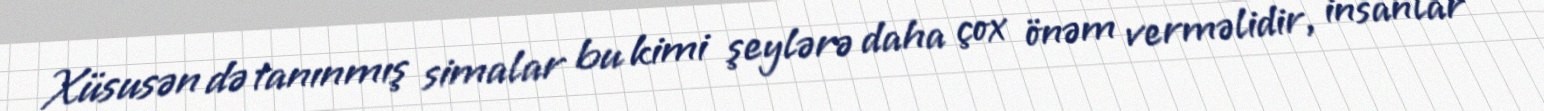
Xüsusən də tanınmış simalar bu kimi şeylərə daha çox önəm verməlidir, insanlar